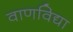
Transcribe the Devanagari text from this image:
वाणविद्या